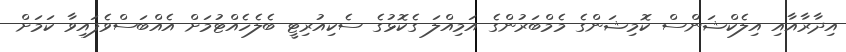
އިދާރާއާއި އިލެކްޝަންސް ކޮމިޝަންގެ މެމްބަރުންގެ އަމިއްލަ ގެކޮޅުގެ ސެކިއުރިޓީ ބެލެހެއްޓުމަށް އެއްބަސްވެފައިވާ ކަމަށް